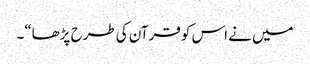
میں نے اس کو قرآن کی طرح پڑھا“۔